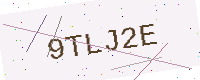
Text: 9TLJ2E